Newspaper: Richmond democrat. [volume]
Place of publication: Richmond, Ray County, Mo.
Publisher: Thos. D. Bogie
Date: 1885-01-22 00:00:00
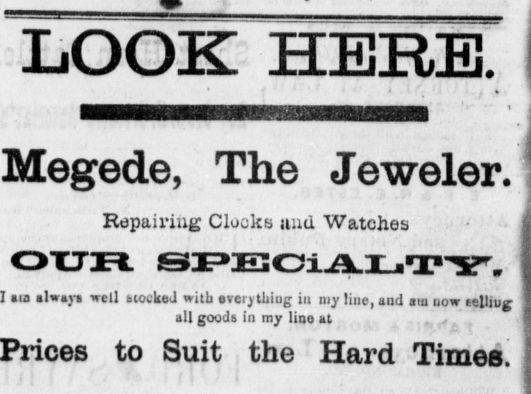
Advertisement text (OCR):
LOOK HERE. Megede, The Jeweler. Repairing Clocks and Watches I aia always well siotked with everythiug in my line, and no now aelljuj all goods in my line at . , Prices to Suit the Hard Times!
Label: text-only